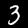
Label: 3